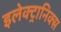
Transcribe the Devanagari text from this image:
इलेक्ट्रानिक्स